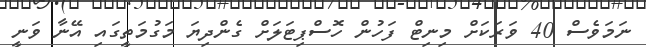
ނަމަވެސް 40 ވަރަކަށް މިނިޓް ފަހުން ހޮސްޕިޓަލަށް ގެންދިޔަ މަގުމަތީގައި އޭނާ ވަނީ